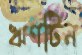
ঋণটিন